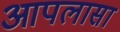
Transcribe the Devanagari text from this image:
आपलासा